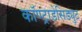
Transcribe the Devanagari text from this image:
कॉण्ट्राडेसिड्युट